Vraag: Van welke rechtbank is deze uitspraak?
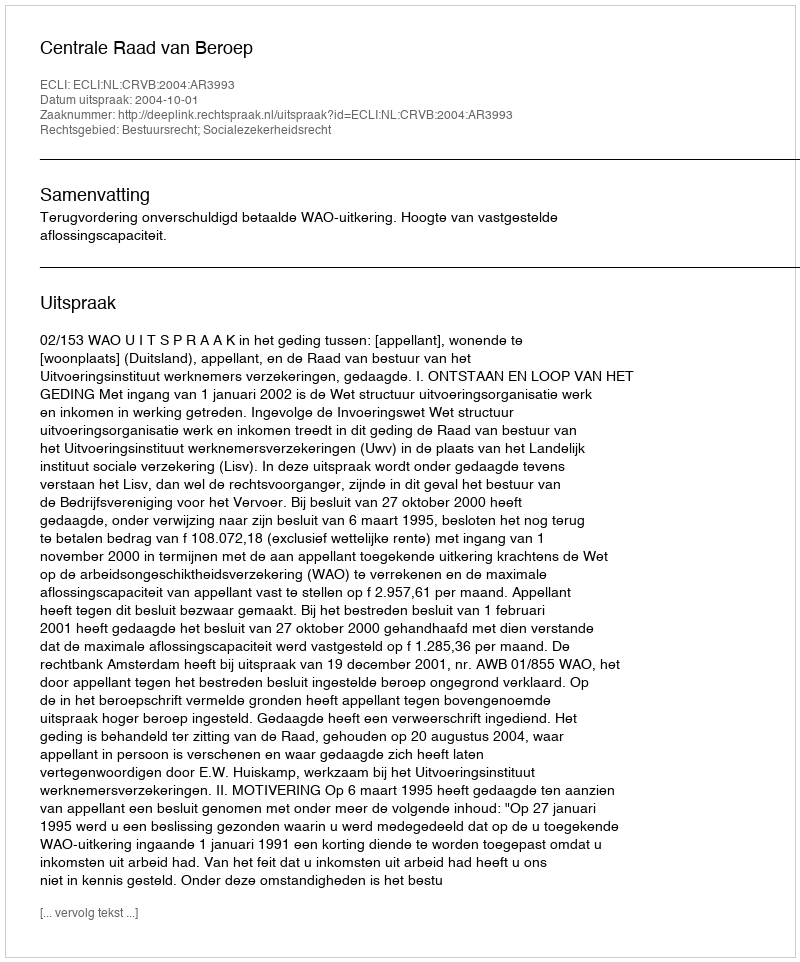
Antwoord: Centrale Raad van Beroep